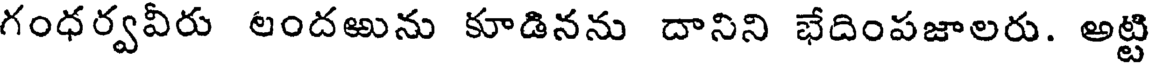
గంధర్వవీరు లందఱును కూడినను దానిని భేదింపజాలరు. అట్టి